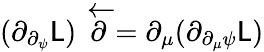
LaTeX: (\partial_{\partial_{\psi}}\mathsf{L})\stackrel{\leftarrow}{\partial}=\partial_{\mu}(\partial_{\partial_{\mu}\psi}\mathsf{L})